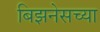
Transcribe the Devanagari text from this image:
बिझनेसच्या